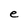
Character: e